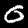
Digit: 0